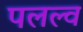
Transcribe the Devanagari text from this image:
पलल्व